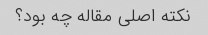
نکته اصلی مقاله چه بود؟